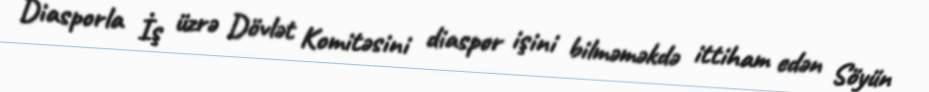
Diasporla İş üzrə Dövlət Komitəsini diaspor işini bilməməkdə ittiham edən Söyün